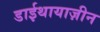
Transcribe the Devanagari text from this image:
डाईथायाज़ीन